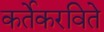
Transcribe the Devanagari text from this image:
कर्तेकरविते